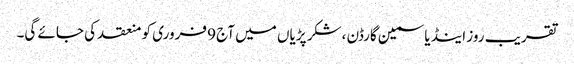
تقریب روز اینڈ یاسمین گارڈن ،شکر پڑیاں میں آج 9 فروری کو منعقد کی جائے گی۔